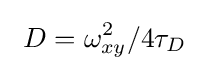
\ D=\omega _{xy}^{2}/{4\tau _{D}}